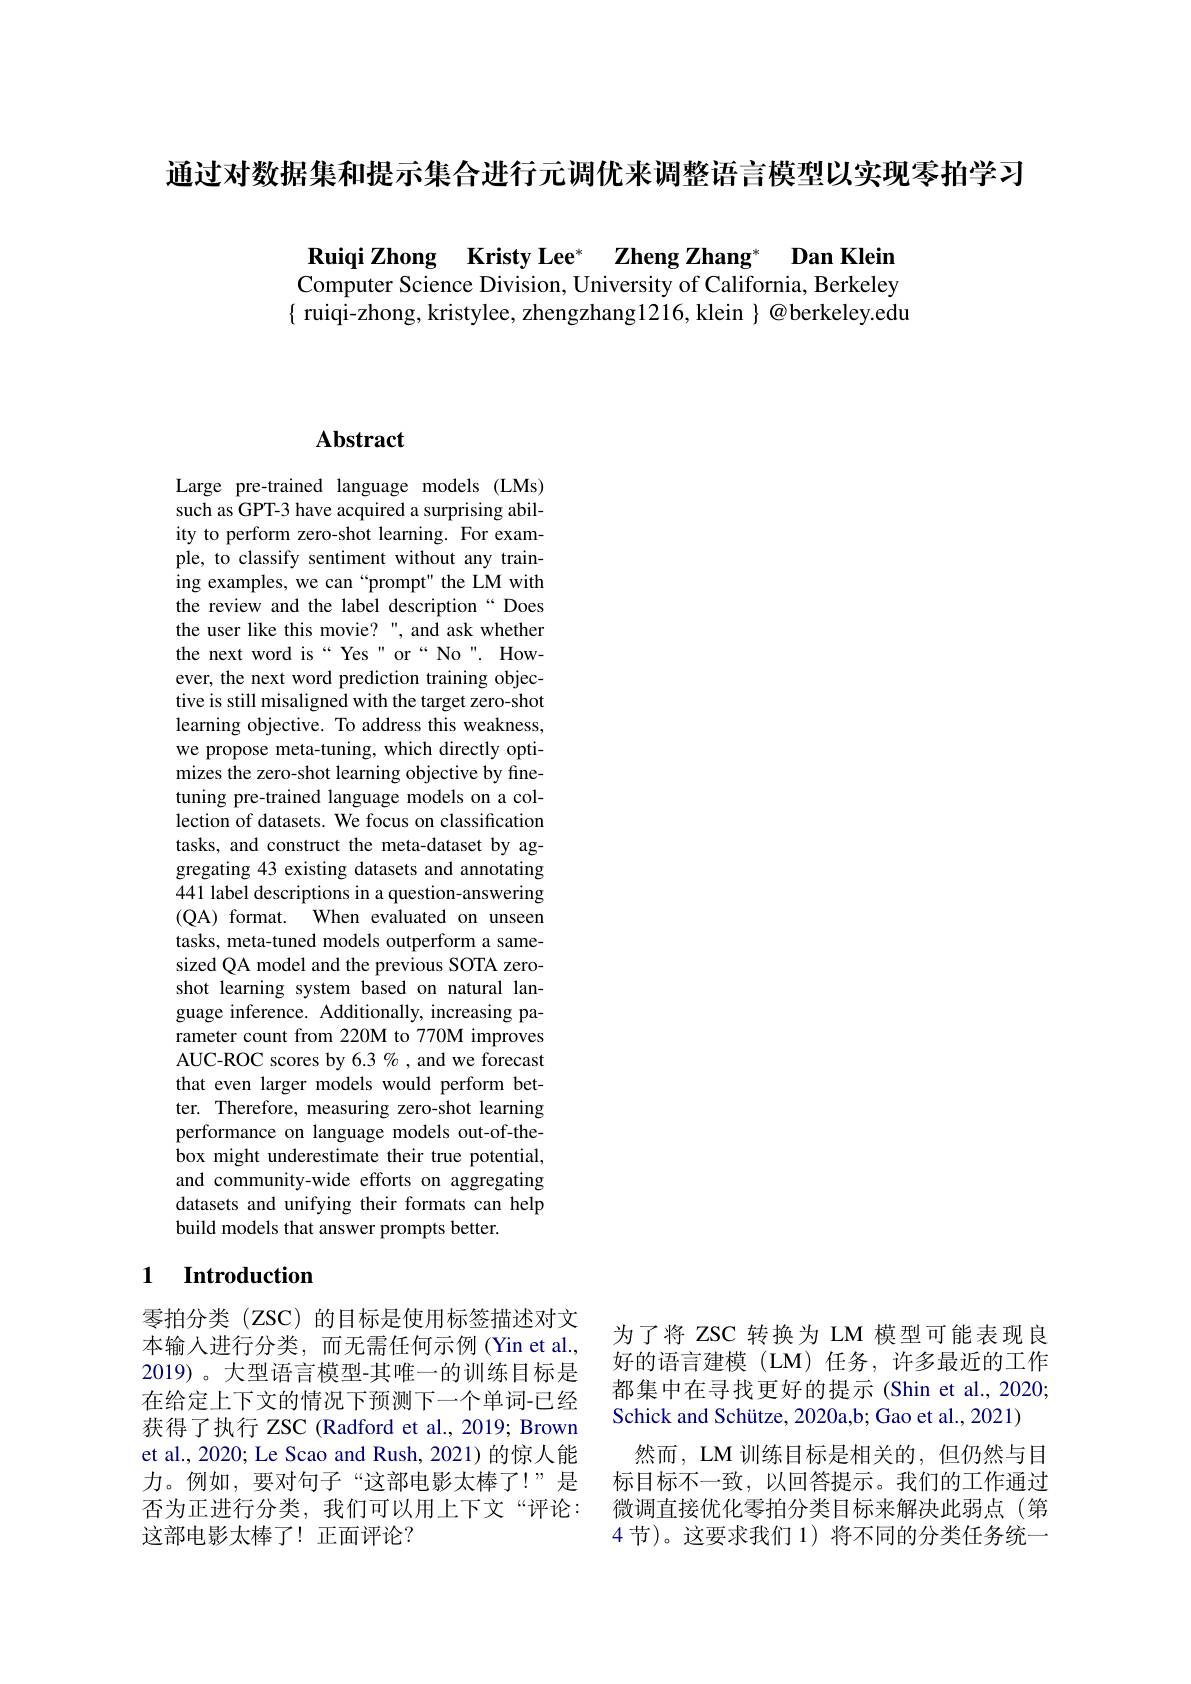
通过对数据集和提示集合进行元调优来调整语言模型以实现零拍学习

Ruiqi Zhong Kristy Lee* Zheng Zhang* Dan Klein Computer Science Division, University of California, Berkeley $\{$ ruiqi-zhong, kristylee, zhengzhang1216, klein $\}@$berkeley.edu

## Abstract

Large pre-trained language models (LMs) such as GPT-3 have acquired a surprising ability to perform zero-shot learning. For example, to classify sentiment without any training examples, we can“prompt" the LM with the review and the label description“Does the user like this movie?", and ask whether the next word is“Yes" or“No". However, the next word prediction training objective is still misaligned with the target zero-shot learning objective. To address this weakness, we propose meta-tuning, which directly optimizes the zero-shot learning objective by finetuning pre-trained language models on a collection of datasets. We focus on classification tasks, and construct the meta-dataset by aggregating 43 existing datasets and annotating 441 label descriptions in a question-answering (QA) format. When evaluated on unseen tasks, meta-tuned models outperform a samesized QA model and the previous SOTA zeroshot learning system based on natural language inference. Additionally, increasing parameter count from 220M to 770M improves AUC-ROC scores by 6.3 % , and we forecast that even larger models would perform better. Therefore, measuring zero-shot learning performance on language models out-of-thebox might underestimate their true potential, and community-wide efforts on aggregating datasets and unifying their formats can help build models that answer prompts better.

### 1 Introduction

零拍分类 (ZSC)的目标是使用标签描述对文本输入进行分类，而无需任何示例(Yin et al., 2019)。大型语言模型-其唯一的训练目标是在给定上下文的情况下预测下一个单词-已经获得了执行 ZSC (Radford et al., 2019; Brown et al., 2020; Le Scao and Rush, 2021) 的惊人能力。例如，要对句子“这部电影太棒了！”是否为正进行分类，我们可以用上下文“评论： 这部电影太棒了！正面评论？

为了将 ZSC 转换为 LM 模型可能表现良好的语言建模(LM)任务，许多最近的工作都集中在寻找更好的提示(Shin et al., 2020; Schick and Schütze, 2020a,b; Gao et al., 2021)
然而，LM 训练目标是相关的，但仍然与目标目标不一致，以回答提示。我们的工作通过微调直接优化零拍分类目标来解决此弱点(第4 节)。这要求我们 1)将不同的分类任务统一